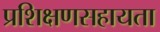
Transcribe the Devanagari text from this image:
प्रशिक्षणसहायता